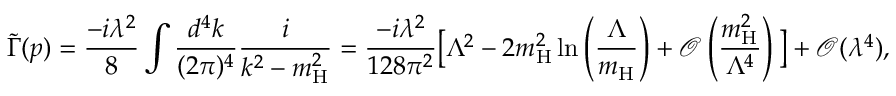
\tilde { \Gamma } ( p ) = \frac { - i \lambda ^ { 2 } } { 8 } \int \frac { d ^ { 4 } k } { ( 2 \pi ) ^ { 4 } } \frac { i } { k ^ { 2 } - m _ { \mathrm { H } } ^ { 2 } } = \frac { - i \lambda ^ { 2 } } { 1 2 8 \pi ^ { 2 } } \big [ \Lambda ^ { 2 } - 2 m _ { \mathrm { H } } ^ { 2 } \ln \left( \frac { \Lambda } { m _ { \mathrm { H } } } \right) + \mathcal { O } \left( \frac { m _ { \mathrm { H } } ^ { 2 } } { \Lambda ^ { 4 } } \right) \big ] + \mathcal { O } ( \lambda ^ { 4 } ) ,